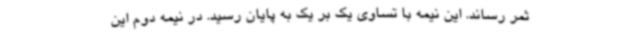
ثمر رساند. این نیمه با تساوی یک بر یک به پایان رسید. در نیمه دوم این